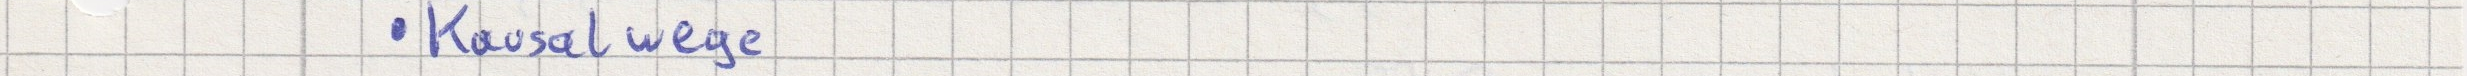
Kausalwege